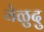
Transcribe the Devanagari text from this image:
येळुदु